Annual report of the Punjab Veterinary College and of the Civil Veterinary Department, Punjab - 1920-1925
Year: 1920
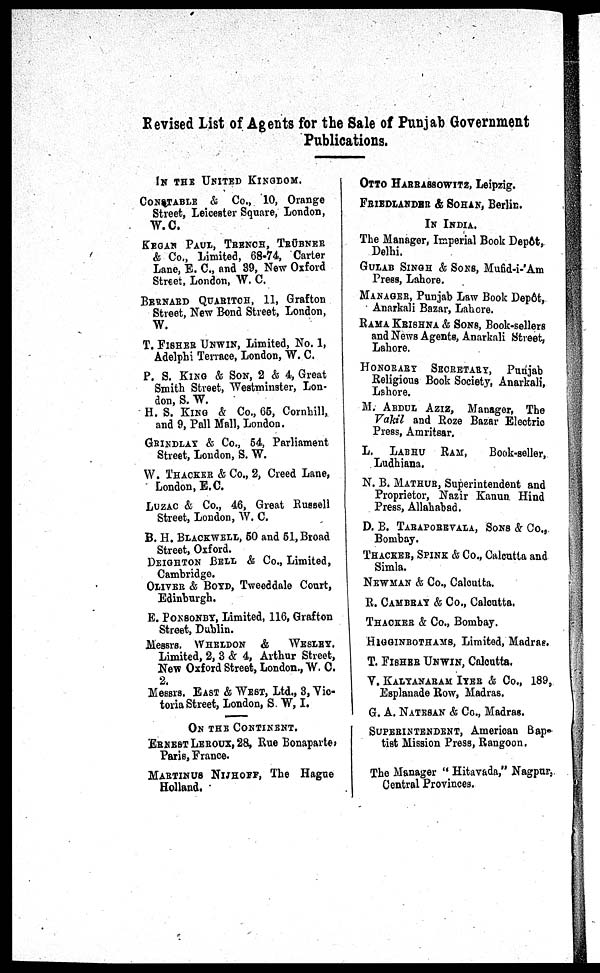
Revised List of Agents for the Sale of Punjab Government
Publications.
IN THE UNITED KINGDOM.
CONSTABLE & Co., 10, Orange
Street, Leicester Square, London,
W. C.
KEGAN PAUL, TRENCH, TRÜBNER
& Co., Limited, 68-74, Carter
Lane, E. C., and 39, New Oxford
Street, London, W. C.
BERNARD QUARITCH, 11, Grafton
Street, New Bond Street, London,
W.
T. FISHER UNWIN, Limited, No. 1,
Adelphi Terrace, London, W. C.
P. S. KING & SON, 2 & 4, Great
Smith Street, Westminster, Lon-
don, S. W.
H. S. KING & Co., 65, Cornhill,
and 9, Pall Mall, London.
GRINDLAY & Co., 54, Parliament
Street, London, S. W.
W. THACKER & Co., 2, Creed Lane,
London, E.C.
LUZAC & Co., 46, Great Russell
Street, London, W. C.
B. H. BLACKWELL, 50 and 51, Broad
Street, Oxford.
DEIGHTON BELL & Co., Limited,
Cambridge.
OLIVER & BOYD, Tweeddale Court,
Edinburgh.
E. PONSONEY, Limited, 116, Grafton
Street, Dublin.
Messrs. WHELDON & WESLEY.
Limited, 2, 3 & 4, Arthur Street,
New Oxford Street, London., W. C.
2.
Messrs. EAST & WEST, Ltd., 3, Vic-
toria Street, London, S. W, I.
ON THE CONTINENT.
ERNEST LEROUX, 28, Rue Bonaparte,
Paris, France.
MARTINUS NIJHOFF, The Hague
Holland.
OTTO HARRASSOWITZ, Leipzig.
FRIEDLANDER & SOHAN, Berlin.
IN INDIA.
The Manager, Imperial Book Depôt,
Delhi.
GULAB SINGH & SONS, Mufid-i-'Am
Press, Lahore.
MANAGER, Punjab Law Book Depôt,
Anarkali Bazar, Lahore.
RAMA KRISHNA & SONS, Book-sellers
and News Agents, Anarkali Street,
Lahore.
HONORARY SRCRETATRY, Punjab
Religious Book Society, Anarkali,
Lahore.
M. ABDUL AZIZ, Manager, The
Vakil and Roze Bazar Electric
Press, Amritsar.
L. LABHU RAM, Book-seller,
Ludhiana.
N. B. MATHUR, Superintendent and
Proprietor, Nazir Kanun Hind
Press, Allahabad.
D. E. TARAPOREVALA, SONS & Co.,
Bombay.
THACKER, SPINK & Co., Calcutta and
Simla.
NEWMAN & Co., Calcutta.
R. CAMBRAY & Co., Calcutta.
THACKER & Co., Bombay.
HIGGINBOTHAMS, Limited, Madras.
T. FISHER UNWIN, Calcutta.
V. KALYANARAM IYER & Co., 189,
Esplanade Row, Madras.
G. A. NATESAN & Co., Madras.
SUPERINTENDENT, American Bap-
tist Mission Press, Rangoon.
The Manager " Hitavada," Nagpur,
Central Provinces.